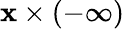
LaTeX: \mathbf{x}\times(-\infty)